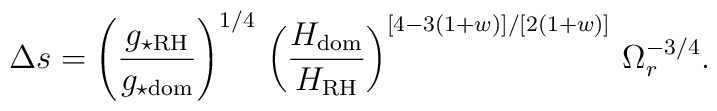
\Delta s = \left (\frac{g_{\star \rm RH}}{g_{\star \rm dom}} \right )^{1/4}\,\left (\frac{H_{\rm dom}}{H_{\rm RH}}\right )^{[4-3(1+w)]/[2(1+w)]}\,\Omega_r^{-3/4}.